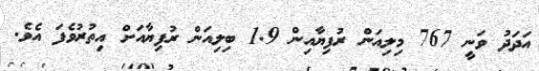
އަދަދު ވަނީ 767 މިލިއަން ރުފިޔާއިން 1.9 ބިލިއަން ރުފިޔާއަށް އިތުރުވެފަ އެވެ.